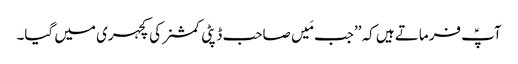
آپؑ فرماتے ہیں کہ ’’جب مَیں صاحب ڈپٹی کمشنر کی کچہری میں گیا۔